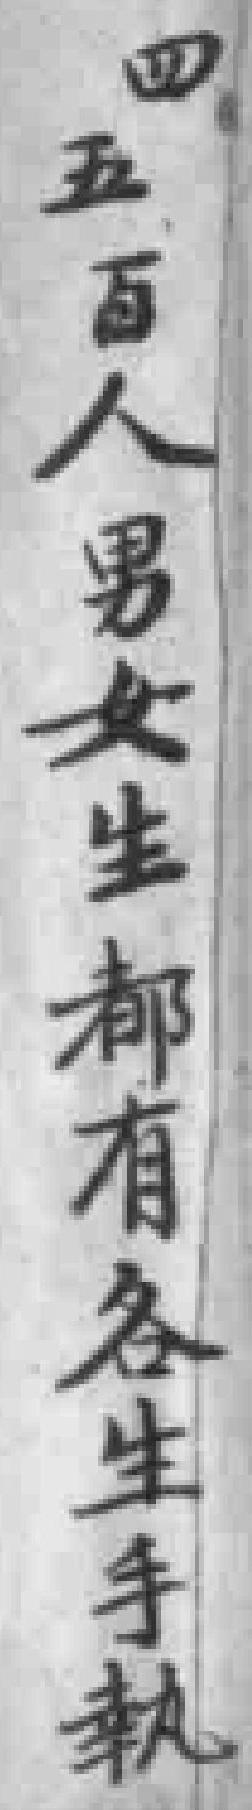
四五百人男女生都有各生手執